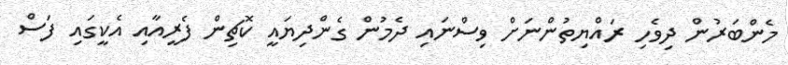
މެންބަރުން ދިވެހި ރައްޔިތުންނަށް ވިސްނައި ދެމުން ގެންދިޔައީ ކޮޗިން ފެރީއާއި އެކީގައި ފަސް